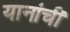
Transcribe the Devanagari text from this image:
यानांची